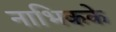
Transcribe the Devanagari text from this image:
नाभिकके